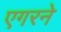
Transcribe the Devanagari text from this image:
एगरने